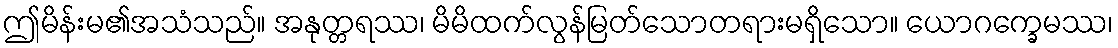
ဤမိန်းမ၏အသံသည်။ အနုတ္တရဿ၊ မိမိထက်လွန်မြတ်သောတရားမရှိသော။ ယောဂက္ခေမဿ၊